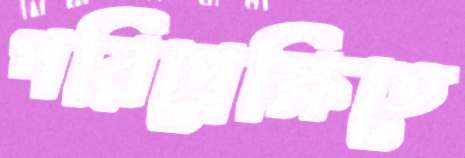
পরিপ্র্রেক্ষিতে